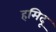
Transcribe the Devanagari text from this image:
हमिदू